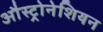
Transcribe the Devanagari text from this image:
औस्ट्रोनेशियन